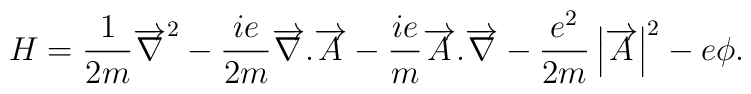
H=\frac{1}{2m}\overrightarrow{\nabla }^{2}-\frac{ie}{2m}\overrightarrow{\nabla }.\overrightarrow{A}-\frac{ie}{m}\overrightarrow{A}.\overrightarrow{\nabla }-\frac{e^{2}}{2m}\left| \overrightarrow{A}\right| ^{2}-e\phi.